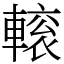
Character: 𨍽